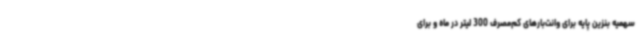
سهمیه بنزین پایه برای وانت‌بارهای کم‌مصرف 300 لیتر در ماه و برای